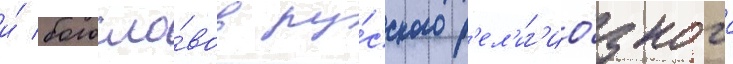
и́ богосло́вов ру́сского р'ел'иг'ио́зного